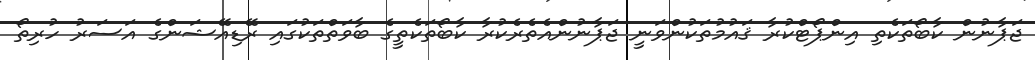
ޖަޕާނުން ކާބޯތަކެތި އިންޕޯޓްކުރާ ޤައުމުތަކުންވަނީ ޖަޕާނުންއެތެރެކުރާ ކާބޯތަކެތީގެ ބާވަތްތަކުގައި ރޭޑިއޭޝަންގެ އަސަރު ހުރިތޯ